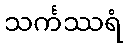
သင်္ကဿရံ